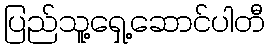
ပြည်သူ့ရှေ့ဆောင်ပါတီ